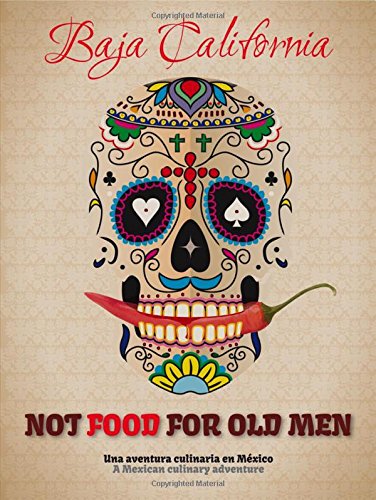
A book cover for Not Food for Old Men: Baja California: A Mexican Culinary Adventure; Anabelle Rosell Aguilar; Cookbooks, Food & Wine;